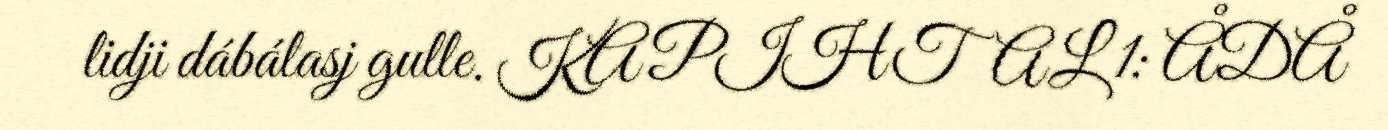
lidji dábálasj gulle. KAPIHTAL 1: ÅDÅ